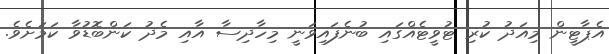
އެޕާޓީން މިއަދު ކުރި ޓުވީޓެއްގައި ބުނެފައިވަނީ މިހާދިސާ އާއި މެދު ކަންބޮޑުވާ ކަމަށެވެ.